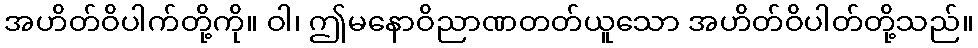
အဟိတ်ဝိပါက်တို့ကို။ ဝါ၊ ဤမနောဝိညာဏတတ်ယူသော အဟိတ်ဝိပါတ်တို့သည်။